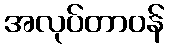
အလုပ်တာဝန်